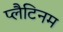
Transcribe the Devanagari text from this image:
प्लैटिनम